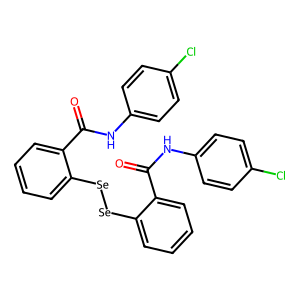
SMILES: O=C(Nc1ccc(Cl)cc1)c1ccccc1[Se][Se]c1ccccc1C(=O)Nc1ccc(Cl)cc1
Inhibits HIV replication: Yes